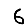
Digit: 6